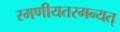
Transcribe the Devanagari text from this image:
रमणीयतरमन्यत्